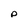
Character: p